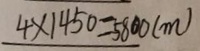
4 \times 1 4 5 0 = 5 8 0 0 ( m )